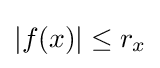
|f(x)|\leq r_{x}